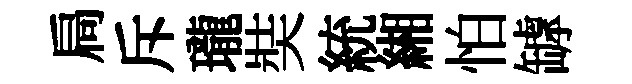
扃斥瓏奘統緗怕罅